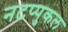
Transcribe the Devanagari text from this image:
नटप्पुकल